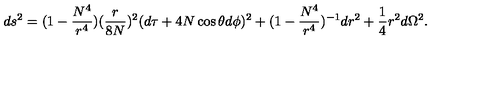
d s ^ { 2 } = ( 1 - \frac { N ^ { 4 } } { r ^ { 4 } } ) ( \frac { r } { 8 N } ) ^ { 2 } ( d \tau + 4 N \cos \theta d \phi ) ^ { 2 } + ( 1 - \frac { N ^ { 4 } } { r ^ { 4 } } ) ^ { - 1 } d r ^ { 2 } + \frac { 1 } { 4 } r ^ { 2 } d \Omega ^ { 2 } .